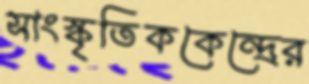
সাংস্কৃতিককেন্দ্রের